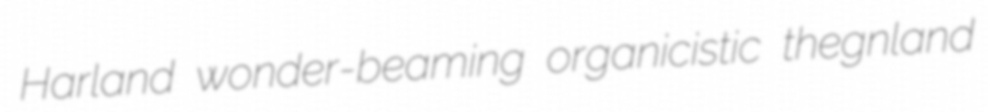
Harland wonder-beaming organicistic thegnland